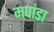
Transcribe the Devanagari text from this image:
मपांडा